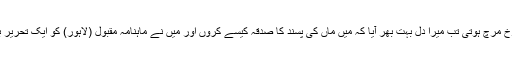
کبھی سبز کی جگہ سرخ مرچ ہوتی تب میرا دل بہت بھر آیا کہ میں ماں کی پسند کا صدقہ کیسے کروں اور میں نے ماہنامہ مقبول (لاہور) کو ایک تحریر بھیجی اس حوالے سے۔